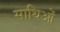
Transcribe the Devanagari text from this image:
साथिओं